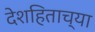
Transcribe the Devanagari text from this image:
देशहिताच्या